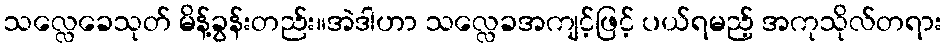
သလ္လေခေသုတ် မိန့်ခွန်းတည်း။အဲဒါဟာ သလ္လေခအကျင့်ဖြင့် ပယ်ရမည့် အကုသိုလ်တရား